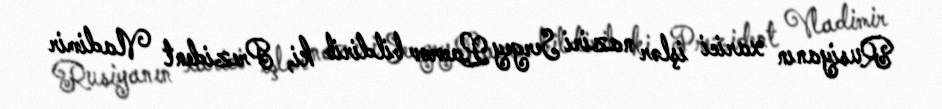
Rusiyanın xarici işlər naziri Sergey Lavrov bildirib ki, Prezident Vladimir